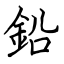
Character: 鉛